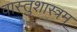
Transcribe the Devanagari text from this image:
वास्तुशास्त्रम्‌